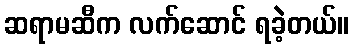
ဆရာမဆီက လက်ဆောင် ရခဲ့တယ်။